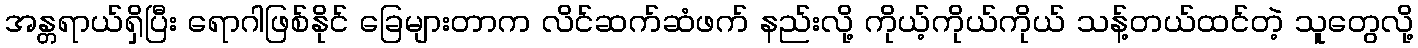
အန္တရာယ်ရှိပြီး ရောဂါဖြစ်နိုင် ခြေများတာက လိင်ဆက်ဆံဖက် နည်းလို့ ကိုယ့်ကိုယ်ကိုယ် သန့်တယ်ထင်တဲ့ သူတွေလို့